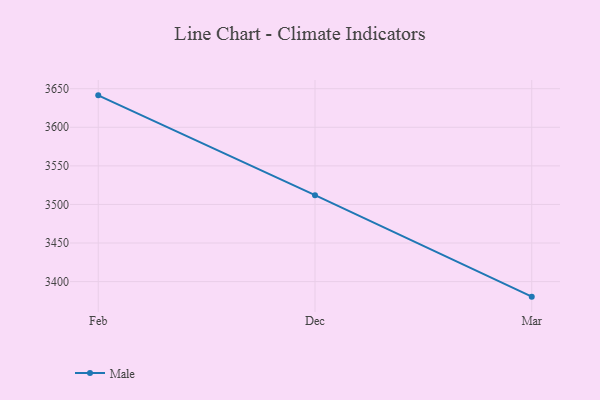
{"axis": {"x": "Month", "y": "Budget (USD K)"}, "legend": ["Male"], "data": [{"x": "Feb", "y": 3641.4, "type": "Male"}, {"x": "Dec", "y": 3512.0, "type": "Male"}, {"x": "Mar", "y": 3380.5, "type": "Male"}]}